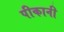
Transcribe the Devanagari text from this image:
पीकानी